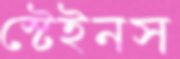
স্টেইনস